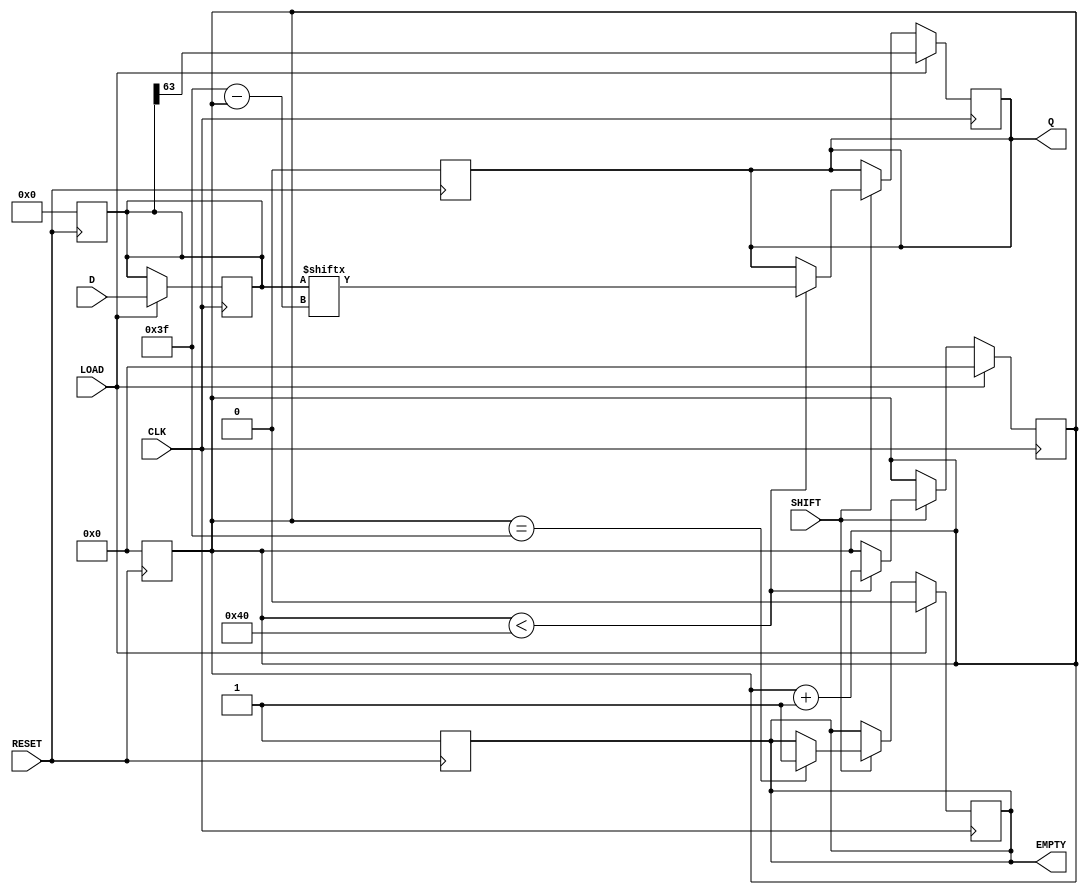
module PISO_Register (
    input wire [63:0] D,      // 64-bit data input
    input wire LOAD,          // Load control signal
    input wire CLK,           // Clock signal
    input wire SHIFT,         // Shift control signal
    input wire RESET,         // Asynchronous reset signal
    output reg Q,             // Serial output
    output reg EMPTY          // Empty status signal
);

    reg [63:0] shift_reg;     // 64-bit shift register
    reg [5:0] count;          // Counter for the number of bits shifted out

    // Asynchronous reset
    always @(posedge RESET) begin
        shift_reg <= 64'b0;    // Clear the register
        Q <= 1'b0;             // Clear the output
        EMPTY <= 1'b1;         // Register is empty
        count <= 6'b0;         // Reset the counter
    end

    // Main operation
    always @(posedge CLK) begin
        if (LOAD) begin
            shift_reg <= D;     // Load data into the shift register
            Q <= shift_reg[63]; // Output the MSB
            count <= 6'b0;      // Reset the count
            EMPTY <= 1'b0;      // Register is not empty
        end else if (SHIFT) begin
            if (count < 64) begin
                Q <= shift_reg[63 - count]; // Shift out the next bit
                count <= count + 1;        // Increment the count
            end
            if (count == 63) begin
                EMPTY <= 1'b1; // All bits have been shifted out
            end
        end
    end

endmodule